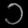
Digit: ၁